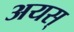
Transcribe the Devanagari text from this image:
अयस्‌